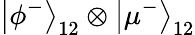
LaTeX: \left|\phi^{-}\right\rangle_{12}\otimes\left|\mu^{-}\right\rangle_{12}